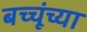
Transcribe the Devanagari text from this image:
बच्चूंच्या